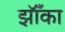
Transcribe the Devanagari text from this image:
झॉँका